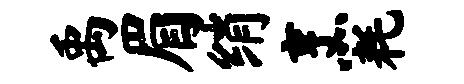
禹眉绡烹耗